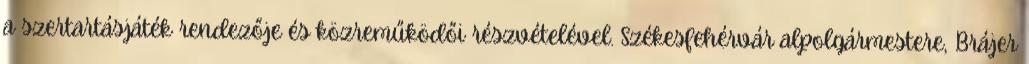
a szertartásjáték rendezője és közreműködői részvételével. Székesfehérvár alpolgármestere, Brájer